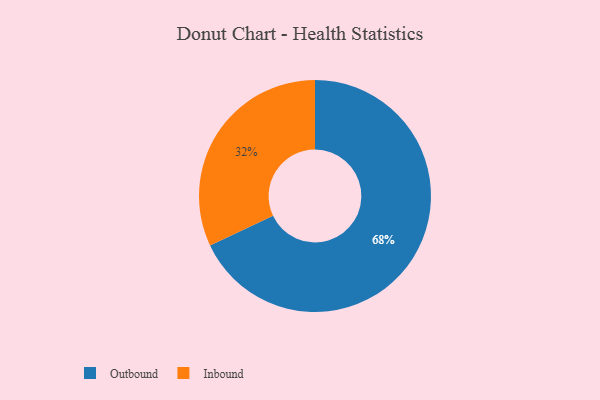
{"axis": {"x": "Category", "y": "Percentage"}, "legend": ["Inbound", "Outbound"], "data": [{"x": "Outbound", "y": 68, "type": "Outbound"}, {"x": "Inbound", "y": 32, "type": "Inbound"}]}